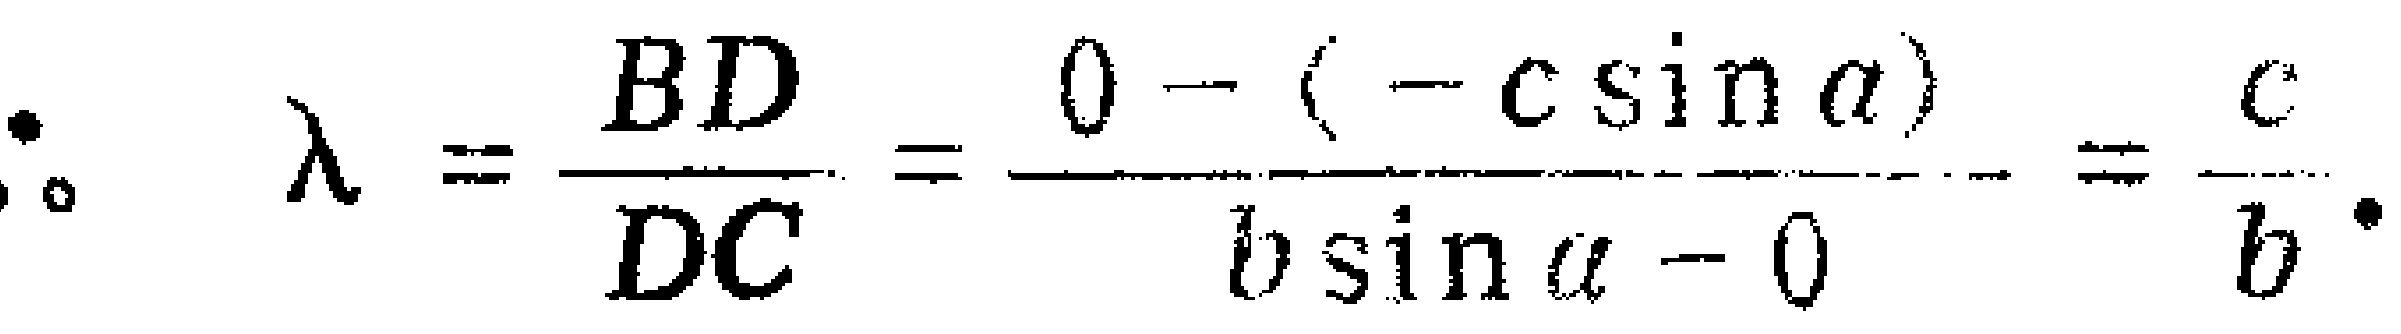
\(\therefore \lambda =\frac{BD}{DC}=\frac{0 - (-c\sin\alpha)}{b\sin\alpha - 0}=\frac{c}{b}.\)